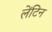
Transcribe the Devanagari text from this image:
लेंटिन